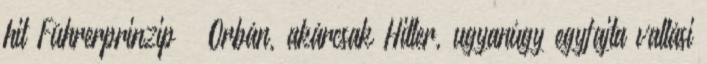
hit Führerprinzip – Orbán, akárcsak Hitler, ugyanúgy egyfajta vallási